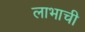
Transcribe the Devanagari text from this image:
लाभाची